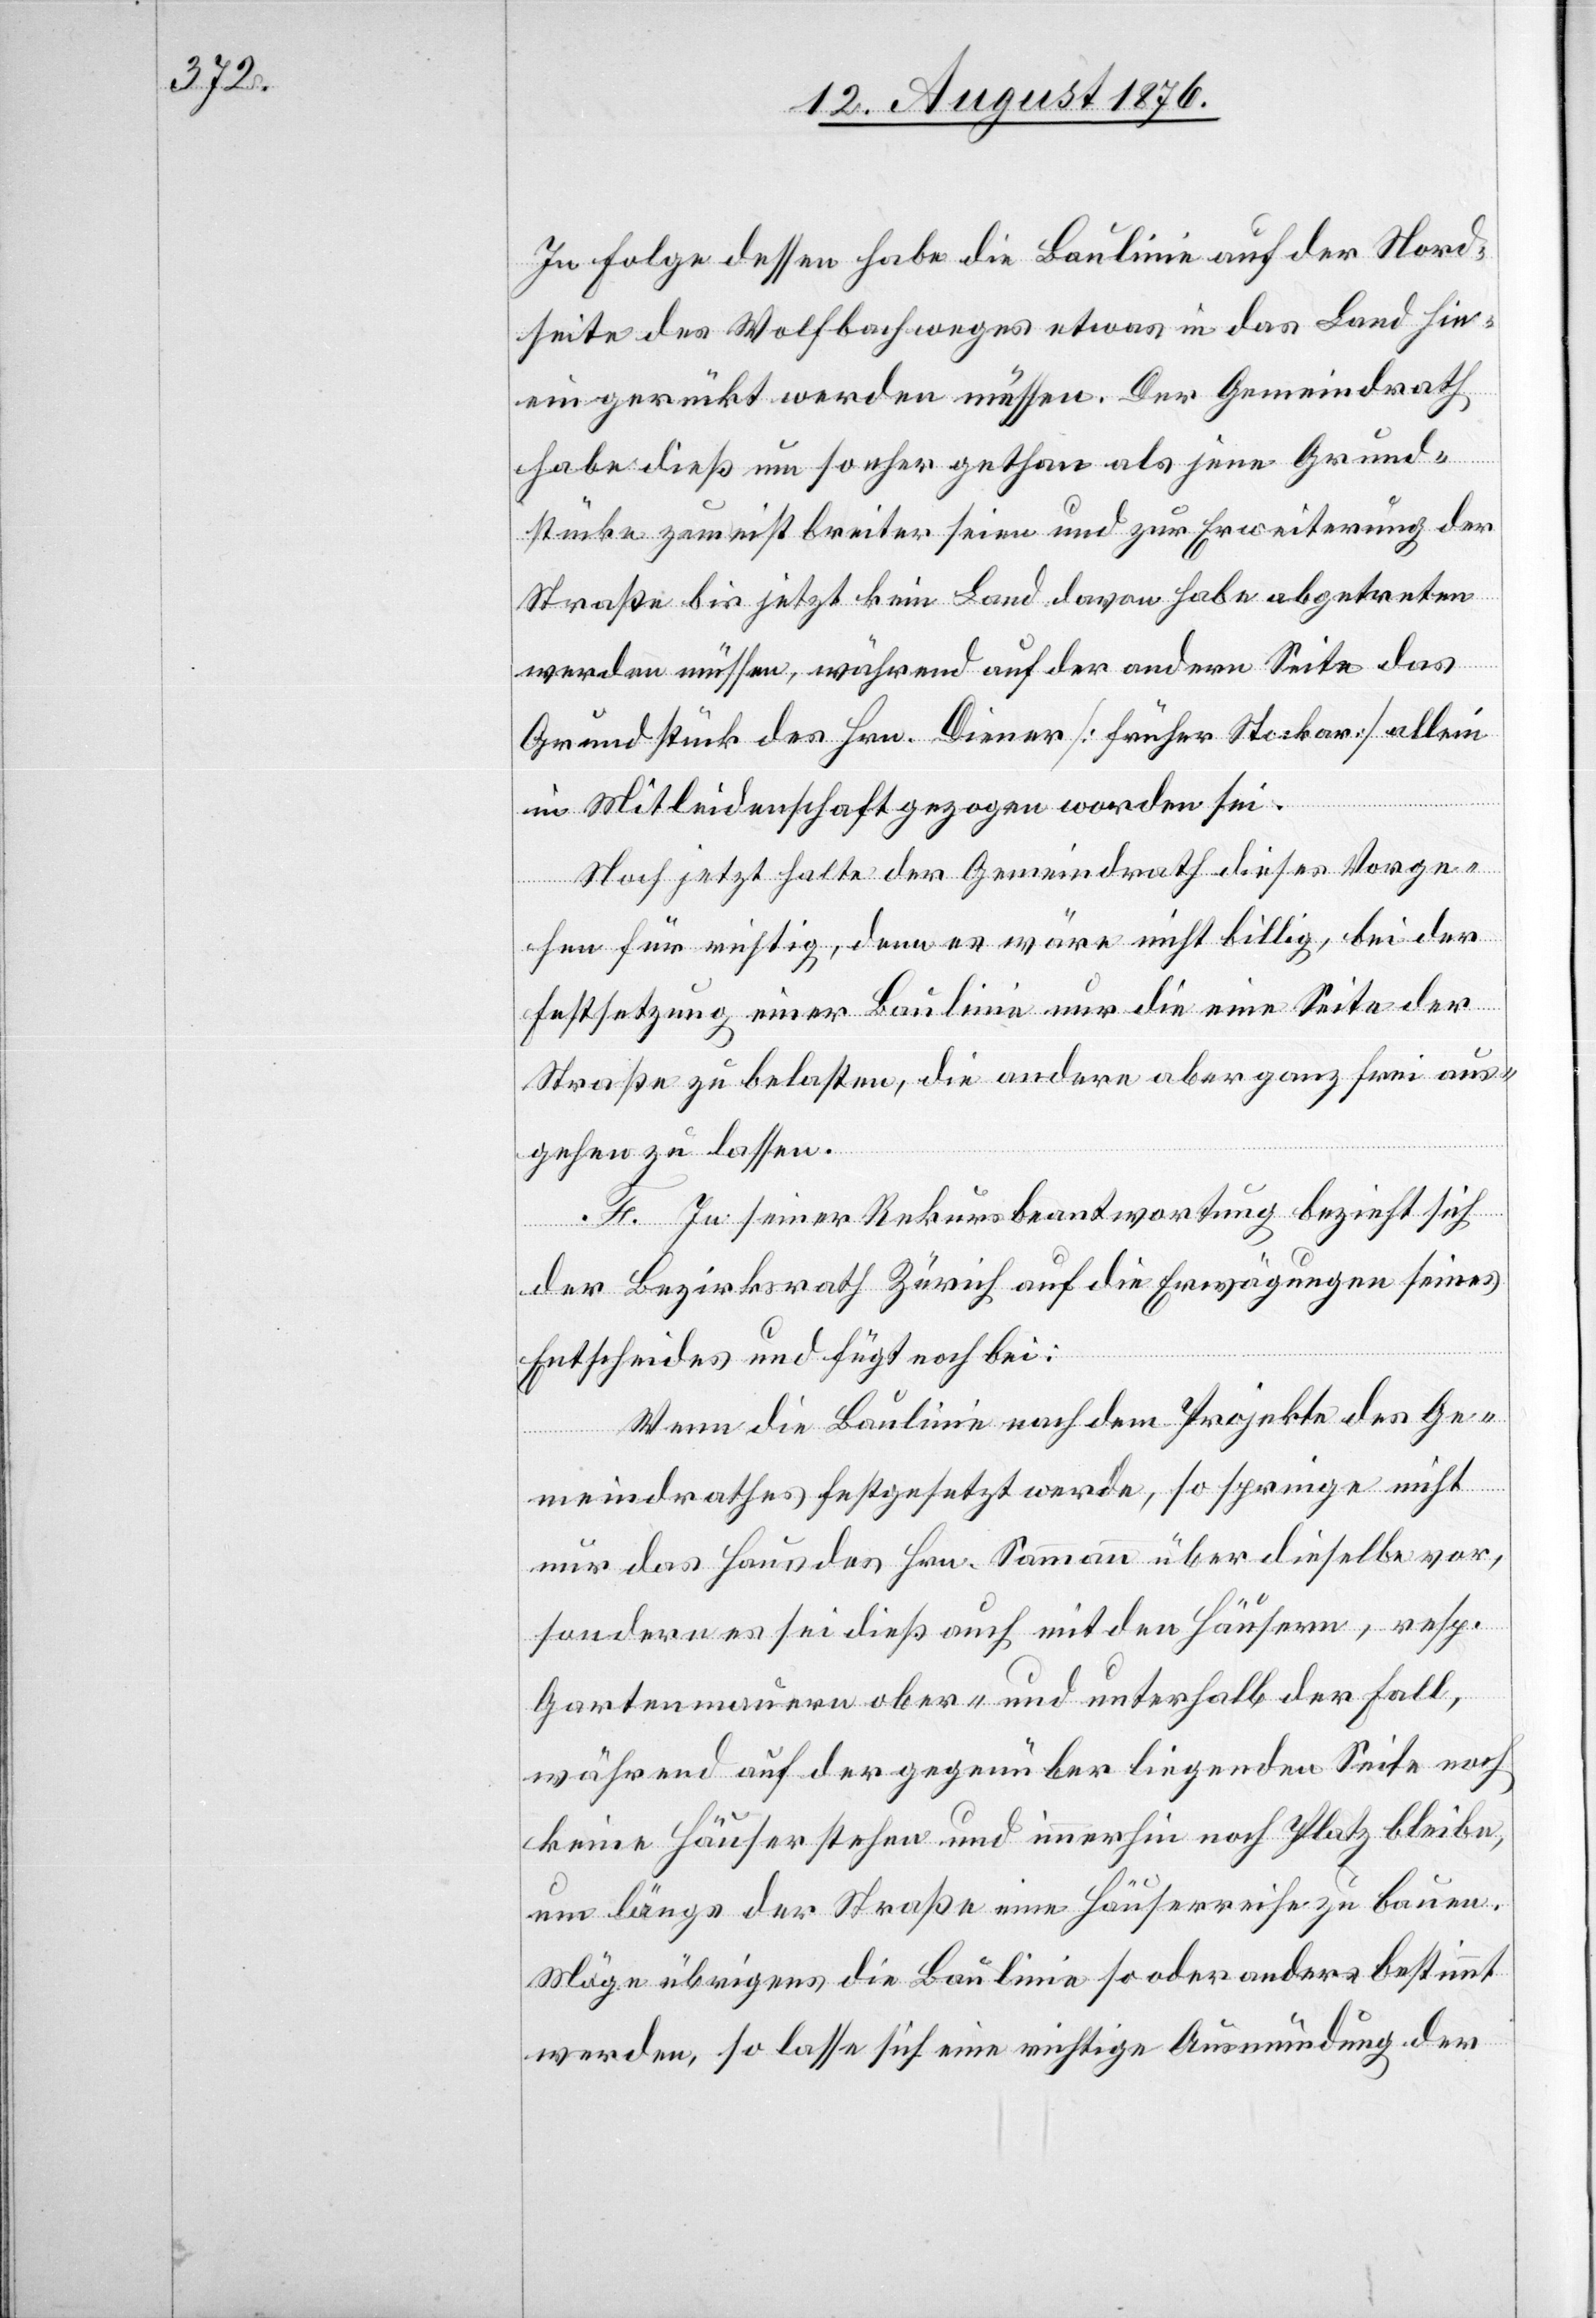
In Folge dessen habe die Baulinie auf der Nord¬
seite des Wolfbachweges etwas in das Land hin¬
eingerückt werden müssen. Der Gemeindrath
habe dieß um so eher gethan als jene Grund¬
stücke zumeist breiter seien und zur Erweiterung der
Straße bis jetzt kein Land davon habe abgetreten
werden müssen, während auf der andern Seite das
Grundstück des Hrn. Diener [früher Stocker] allein
in Mitleidenschaft gezogen worden sei.
Noch jetzt halte der Gemeindrath dieses Vorge¬
hen für richtig, denn es wäre nicht billig, bei der
Festsetzung einer Baulinie nur die eine Seite der
Straße zu belasten, die andre aber ganz frei aus¬
gehen zu lassen.
F. In seiner Rekursbeantwortung bezieht sich
der Bezirksrath Zürich auf die Erwägungen seines
Entscheides und fügt noch bei:
Wenn die Baulinie nach dem Projekte des Ge¬
meindrathes festgesetzt werde, so springe nicht
nur das Hause des Hrn. Sammann über dieselbe vor,
sondern es sei dieß auch mit den Häusern, resp.
Gartenmauern ober- und unterhalb der Fall,
während auf der gegenüber liegenden Seite noch
keine Häuser stehen und immerhin noch Platz bleibe,
um längs der Straße eine Häuserreihe zu bauen.
Möge übrigens die Baulinie so oder anders bestimmt
werden, so lasse sich eine richtige Ausmündung der